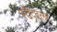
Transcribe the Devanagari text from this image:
स्टैदटलर